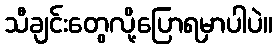
သီချင်းတွေလို့ပြောရမှာပါပဲ။